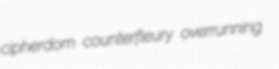
cipherdom counterfleury overrunning